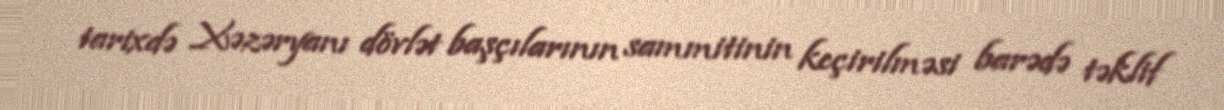
tarixdə Xəzəryanı dövlət başçılarının sammitinin keçirilməsi barədə təklif